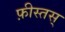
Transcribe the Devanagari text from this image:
फ़ीस्तस्